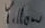
Text: Yellow